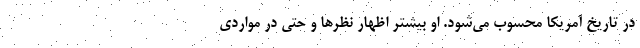
در تاریخ آمریکا محسوب می‌شود. او بیشتر اظهار نظرها و حتی در مواردی